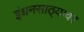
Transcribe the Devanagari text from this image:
इंधनसाठ्यावर